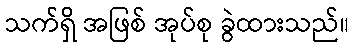
သက်ရှိ အဖြစ် အုပ်စု ခွဲထားသည်။